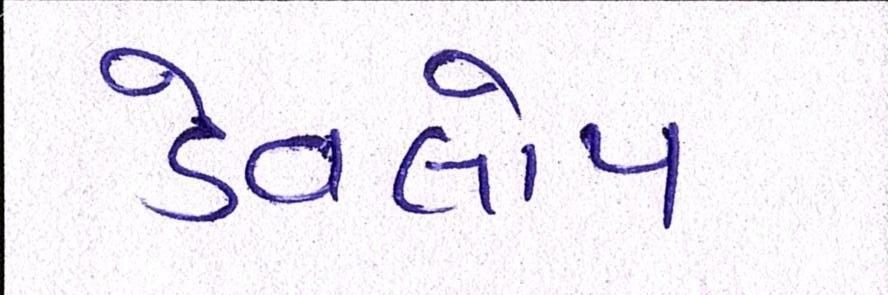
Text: ડેવલોપ